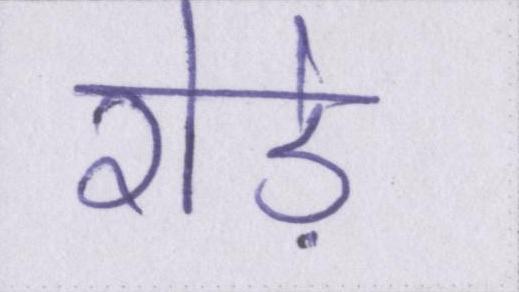
रोड़े